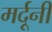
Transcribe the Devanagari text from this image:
मर्दूनी